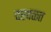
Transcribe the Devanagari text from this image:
दरवळत